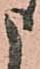
申